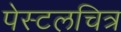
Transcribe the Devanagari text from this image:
पेस्टलचित्र